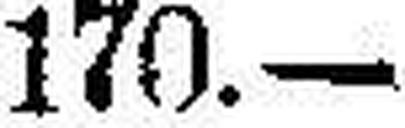
170.—